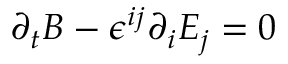
\partial _ { t } B - \epsilon ^ { i j } \partial _ { i } E _ { j } = 0